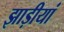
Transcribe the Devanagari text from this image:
झाड़ीयां